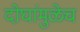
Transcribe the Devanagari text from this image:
दोघांमुळेच